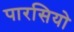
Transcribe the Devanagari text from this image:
पारसियो